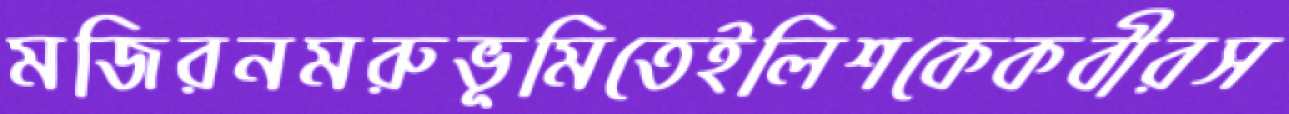
মজিরনমরুভূমিতেইলিশকেকবীরস